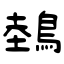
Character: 鵱